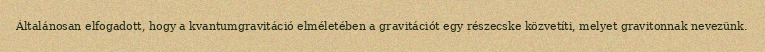
Általánosan elfogadott, hogy a kvantumgravitáció elméletében a gravitációt egy részecske közvetíti, melyet gravitonnak nevezünk.